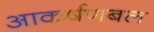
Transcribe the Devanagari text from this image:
आकर्षणबल